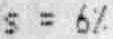
S = 6%